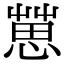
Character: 𢠞